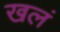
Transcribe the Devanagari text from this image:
खलं